Jaan_Tonisson_(Lasteleht), lk 96
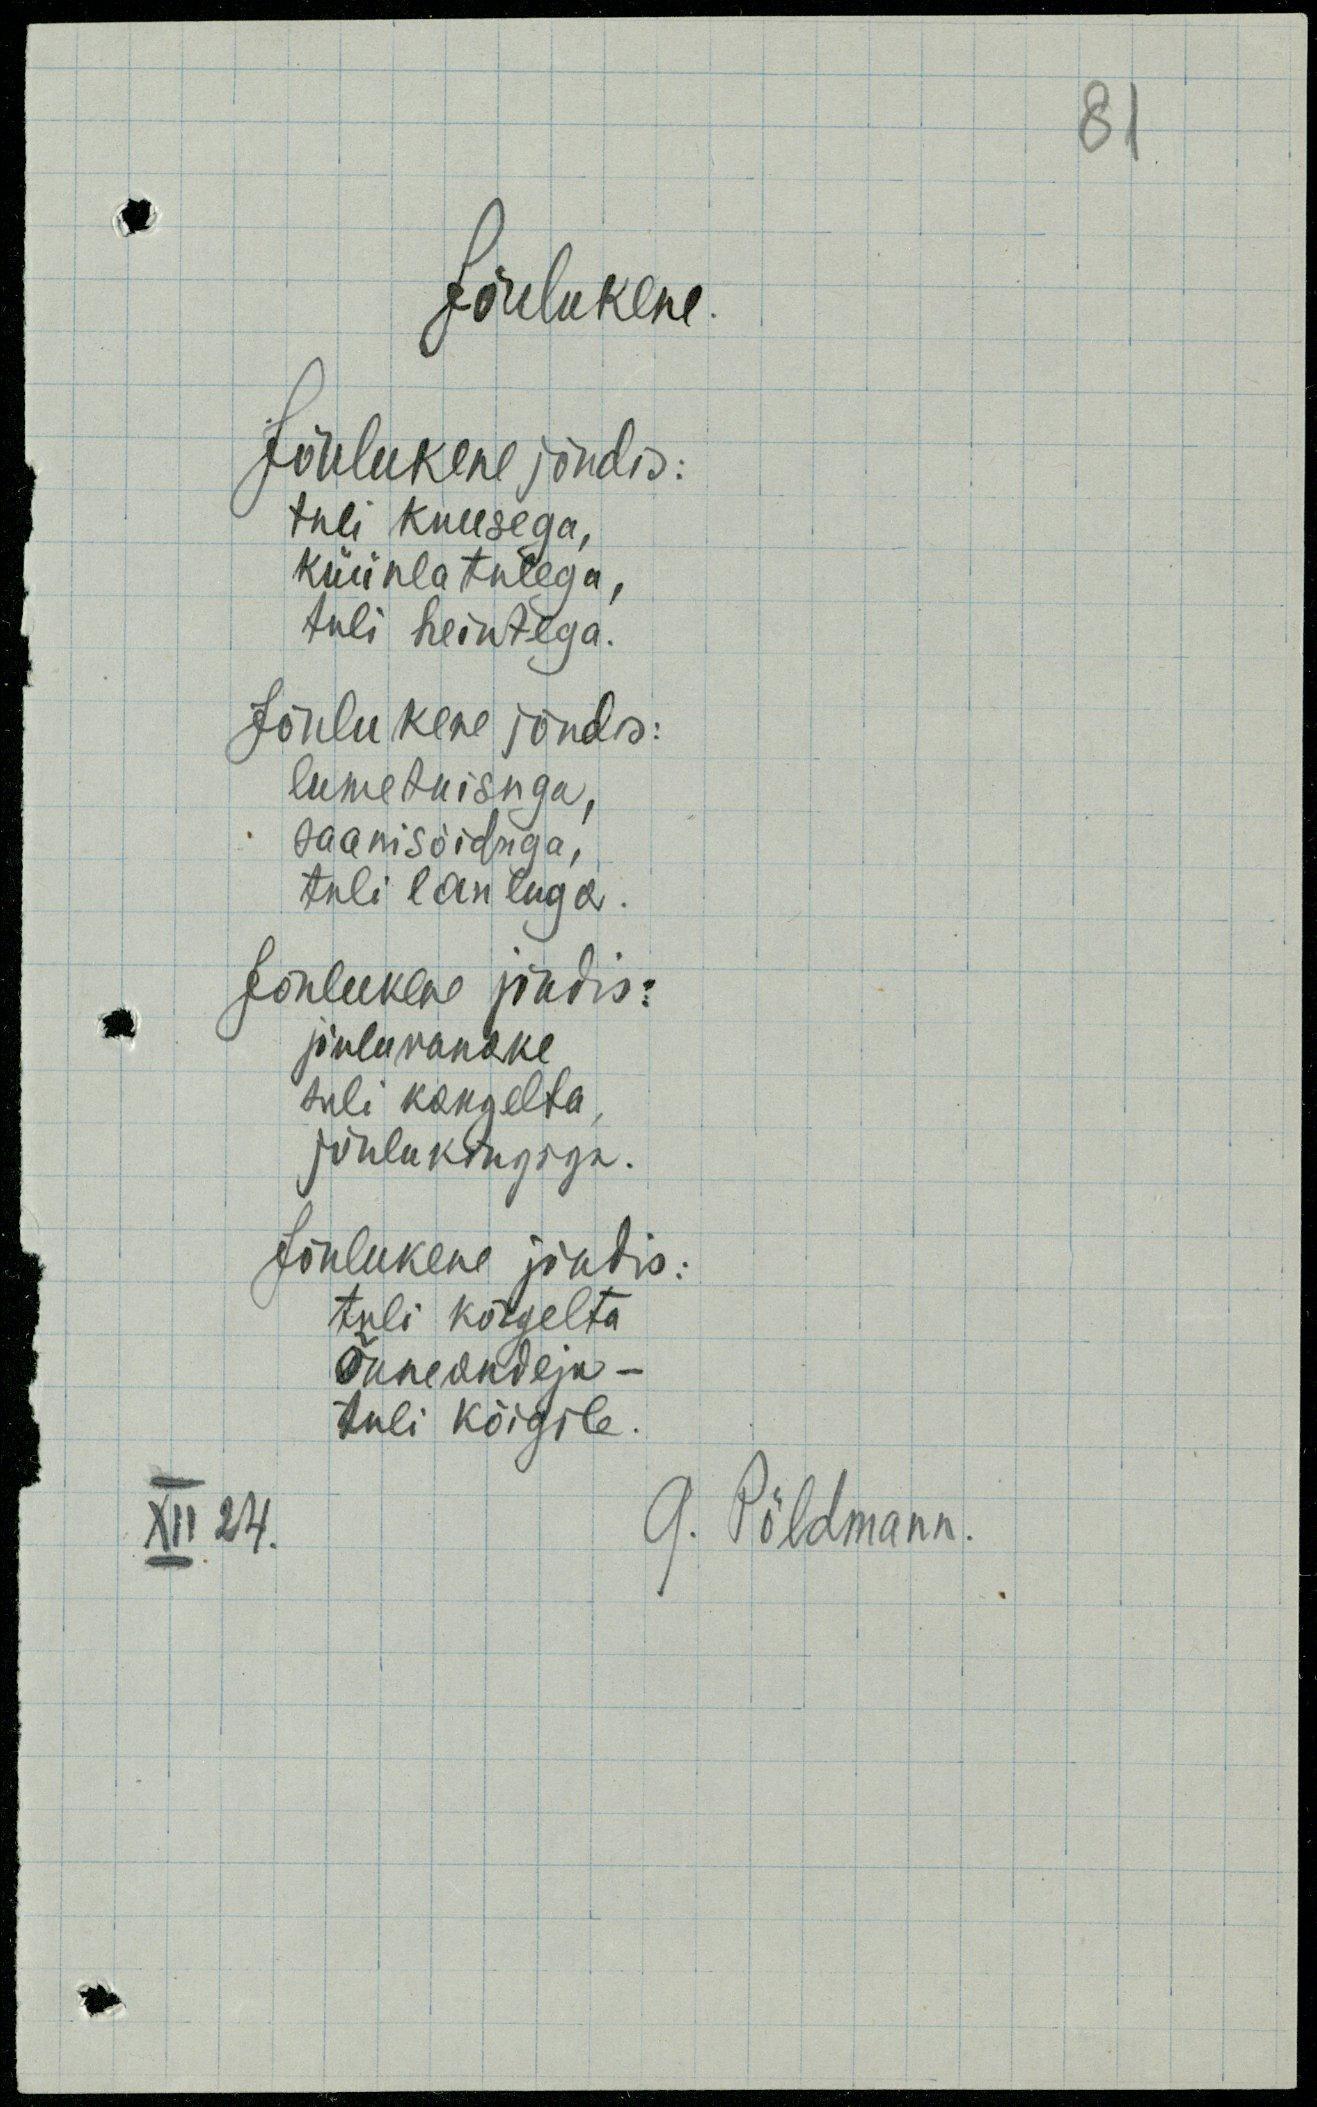
XII. 24.

Jõulukene.
Jõulukene jõudis:
tuli kuusega,
küünlatulega
tuli heintega.
Jõulukene jõudis:
lumetuisuga,
saanisõiduga,
tuli lauluga.
Jõulukene jõudis:
jõuluvanake
tuli kaugelta
jõulukingiga
Jõulukene jõudis:
tuli kaugelta
õnneandeja -
tuli kõigile.

Põldmann